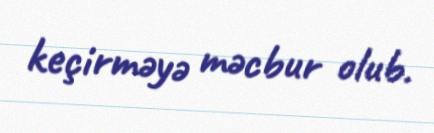
keçirməyə məcbur olub.